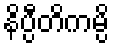
နိပ္ပီတိကမ္ပိ